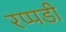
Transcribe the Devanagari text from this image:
रप्पडी